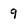
Character: 9